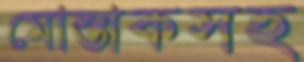
মোস্তাকসহ